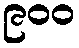
၉၀၀